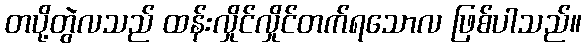
တပို့တွဲလသည် ထန်းလှိုင်လှိုင်တက်ရသောလ ဖြစ်ပါသည်။